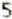
5